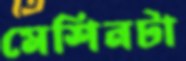
মেশিনটা